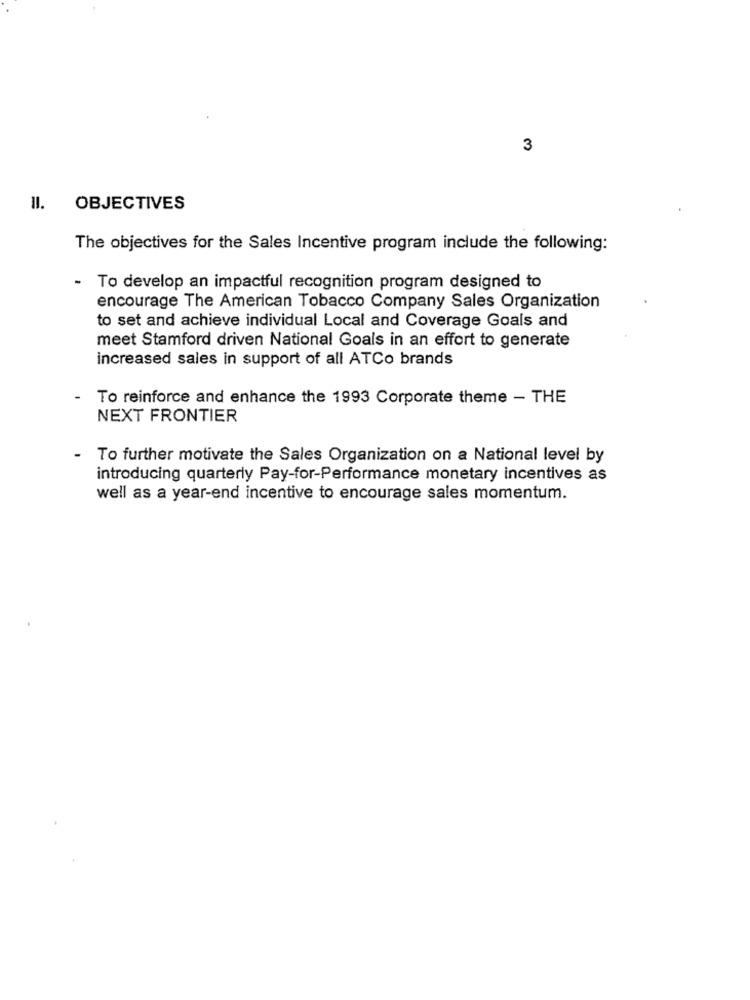
3
=
OBJECTIVES
The objectives for the Sales Incentive program include the following:
- To develop an impactful recognition program designed to
encourage The American Tobacco Company Sales Organization
to set and achieve individual Local and Coverage Goals and
meet Stamford driven National Goals in an effort to generate
increased sales in support of all ATCo brands
-
To reinforce and enhance the 1993 Corporate theme - THE
NEXT FRONTIER
-
To further motivate the Sales Organization on a National level by
introducing quarterly Pay-for-Performance monetary incentives as
well as a year-end incentive to encourage sales momentum.